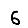
Digit: 6